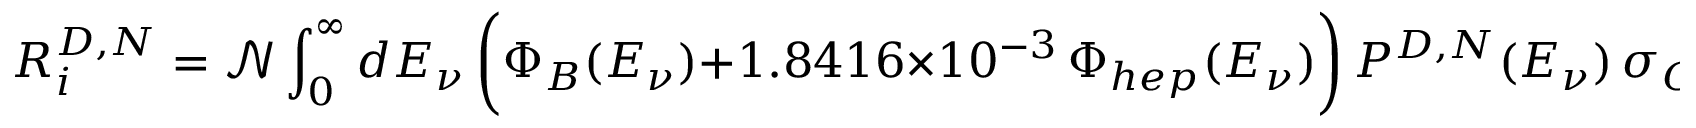
R _ { i } ^ { D , N } = { { \mathcal { N } } } \int _ { 0 } ^ { \infty } d E _ { \nu } \, \bigg ( \Phi _ { B } ( E _ { \nu } ) + 1 . 8 4 1 6 \times 1 0 ^ { - 3 } \, \Phi _ { h e p } ( E _ { \nu } ) \bigg ) \, P ^ { D , N } ( E _ { \nu } ) \, \sigma _ { C C } ( E _ { \nu } , \Delta T _ { i } ) \,